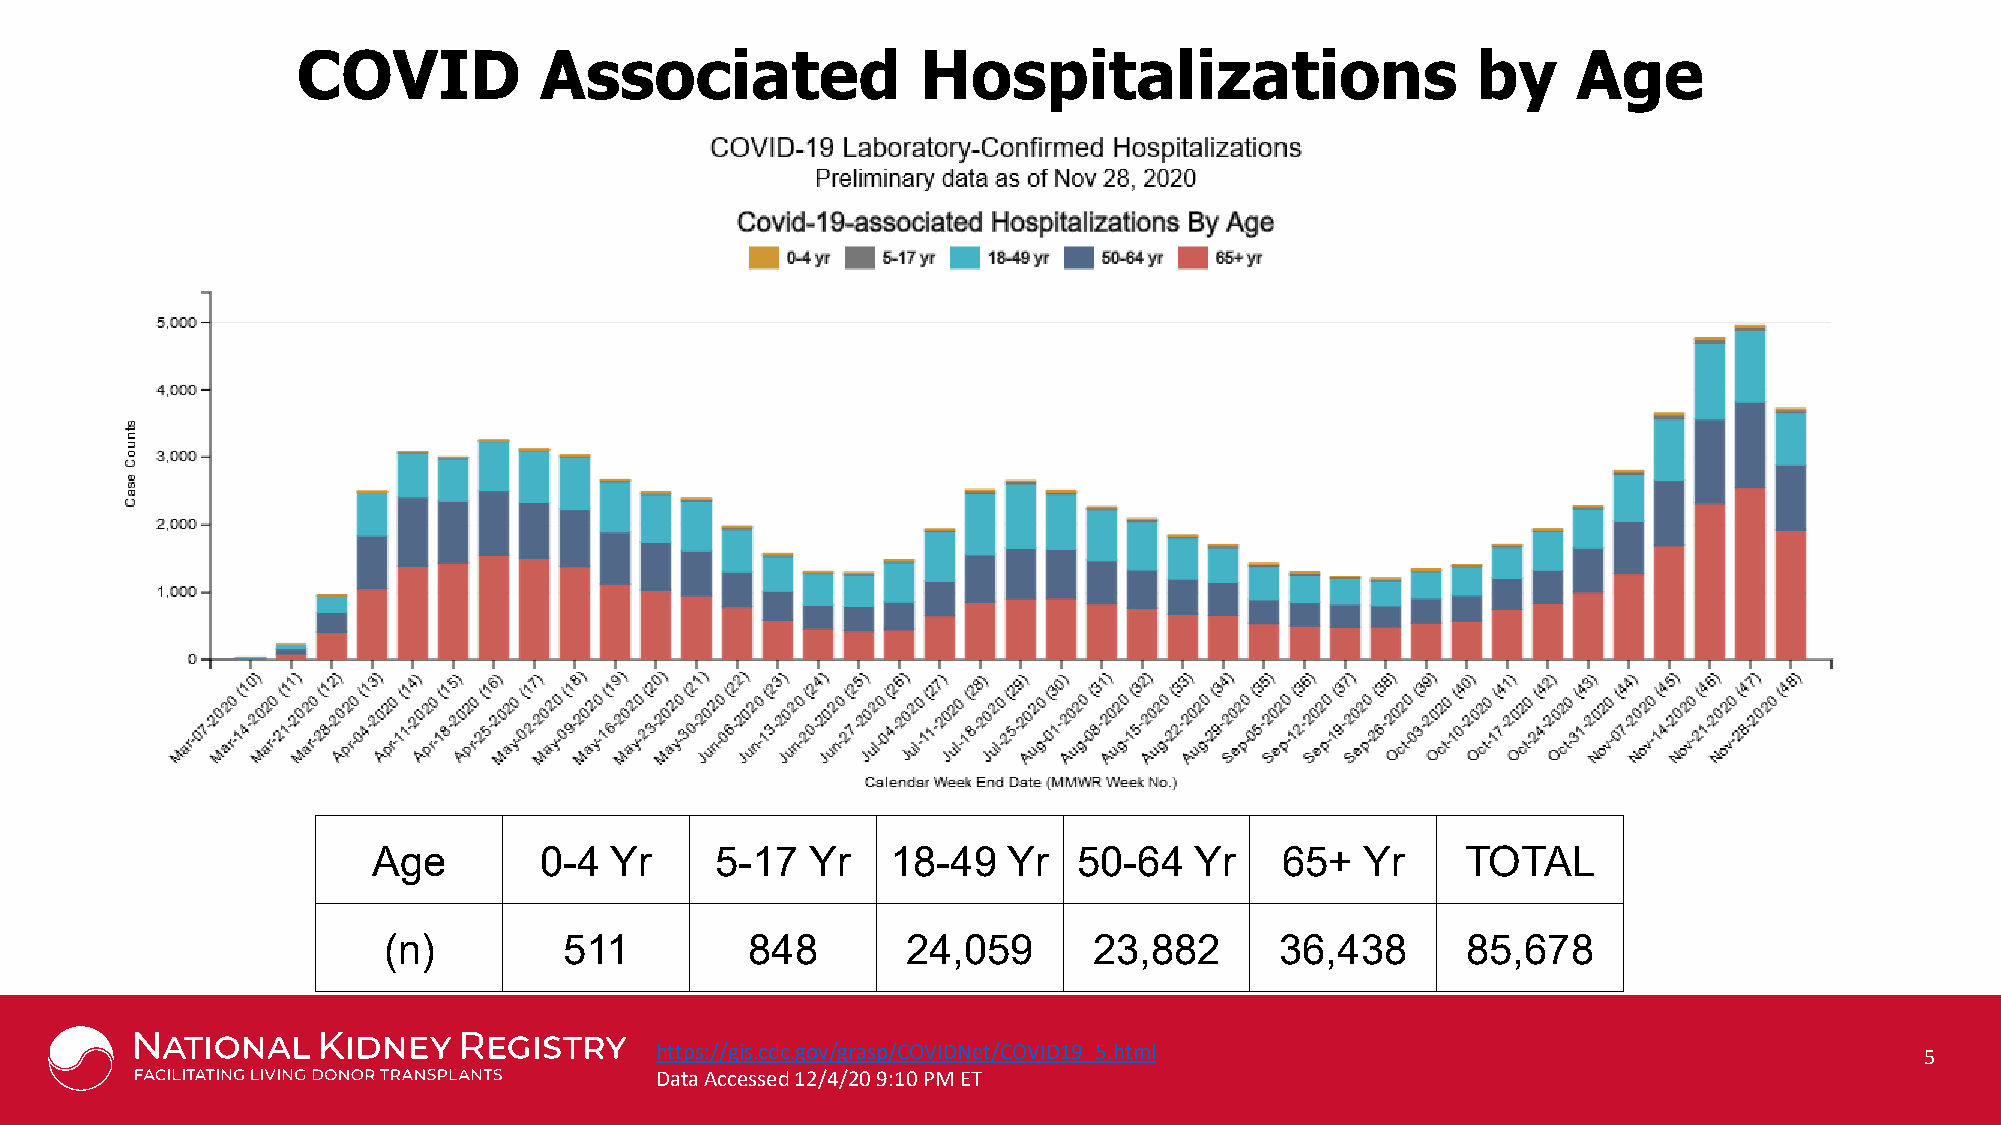
COVID           Associated               Hospitalizations                     by    Age
 Age        0-4 Yr     5-17   Yr   18-49   Yr  50-64   Yr    65+  Yr     TOTAL
 (n)         511         848        24,059      23,882       36,438      85,678
 Provided courtesy of Johns Hopkins University School of Medicine, Department of Surgery *Not including CHIP patients;
 https://gis.cdc.gov/grasp/ KC aO plV anID -MN ee iet r/ GC SO RV aI tD es1 f9 o_ r 5 Tr. ah nt sm pll ants Performed: 02/2008-06/2018 with follow-up through 2/28/2019 5
 Data Accessed 12/4/20 9:10 PM ET https://www.srtr.org/ SRTR data as of March, 2019